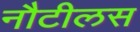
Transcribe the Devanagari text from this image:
नौटीलस